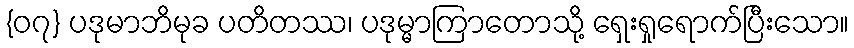
{၀၇} ပဒုမာဘိမုခ ပတိတဿ၊ ပဒုမ္မာကြာတောသို့ ရှေးရှုရောက်ပြီးသော။